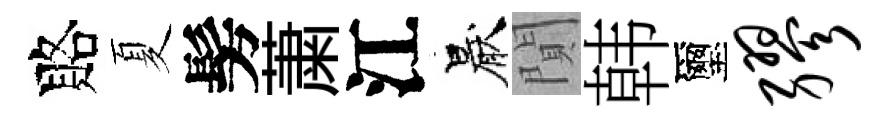
賂夏髣䔥江厭閴韩璽缪